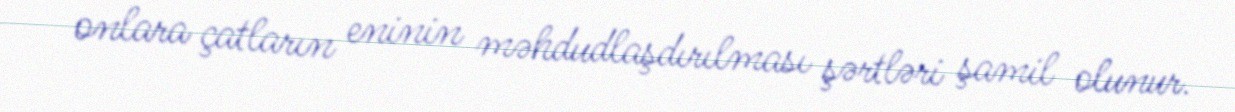
onlara çatların eninin məhdudlaşdırılması şərtləri şamil olunur.